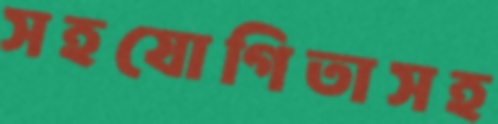
সহযোগিতাসহ